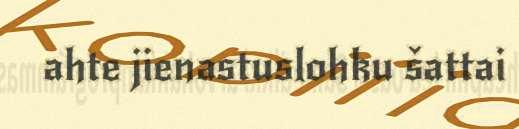
ahte jienastuslohku šattai